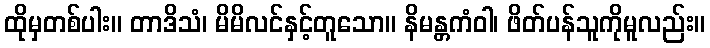
ထိုမှတစ်ပါး။ တာဒိသံ၊ မိမိလင်နှင့်တူသော။ နိမန္တကံဝါ၊ ဖိတ်ပန်သူကိုမူလည်း။